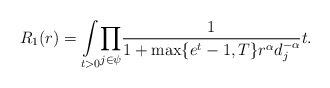
\begin{align*}R_1(r)=\underset{t>0}\int\underset{j \in \psi}\prod\frac{1}{1+\max\{e^t-1,T\} r^\alpha d_j^{-\alpha}}t.\end{align*}